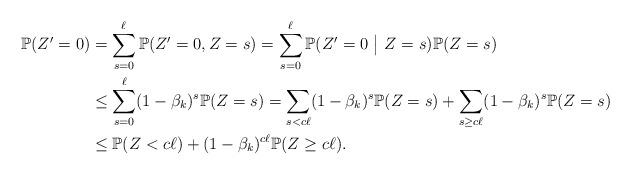
LaTeX: \begin{align*}\mathbb{P}(Z' = 0) &= \sum_{s =0}^\ell \mathbb{P}(Z' = 0, Z=s) = \sum_{s =0}^\ell \mathbb{P}(Z' = 0\ \big| \ Z=s) \mathbb{P}(Z=s)\\ &\le \sum_{s =0}^\ell (1 - \beta_k)^s \mathbb{P}(Z=s) = \sum_{s < c\ell} (1 - \beta_k)^s \mathbb{P}(Z=s) + \sum_{s \ge c\ell} (1 - \beta_k)^s \mathbb{P}(Z=s)\\&\le \mathbb{P} (Z < c\ell) + (1 - \beta_k)^{c\ell} \mathbb{P}(Z \ge c\ell).\end{align*}